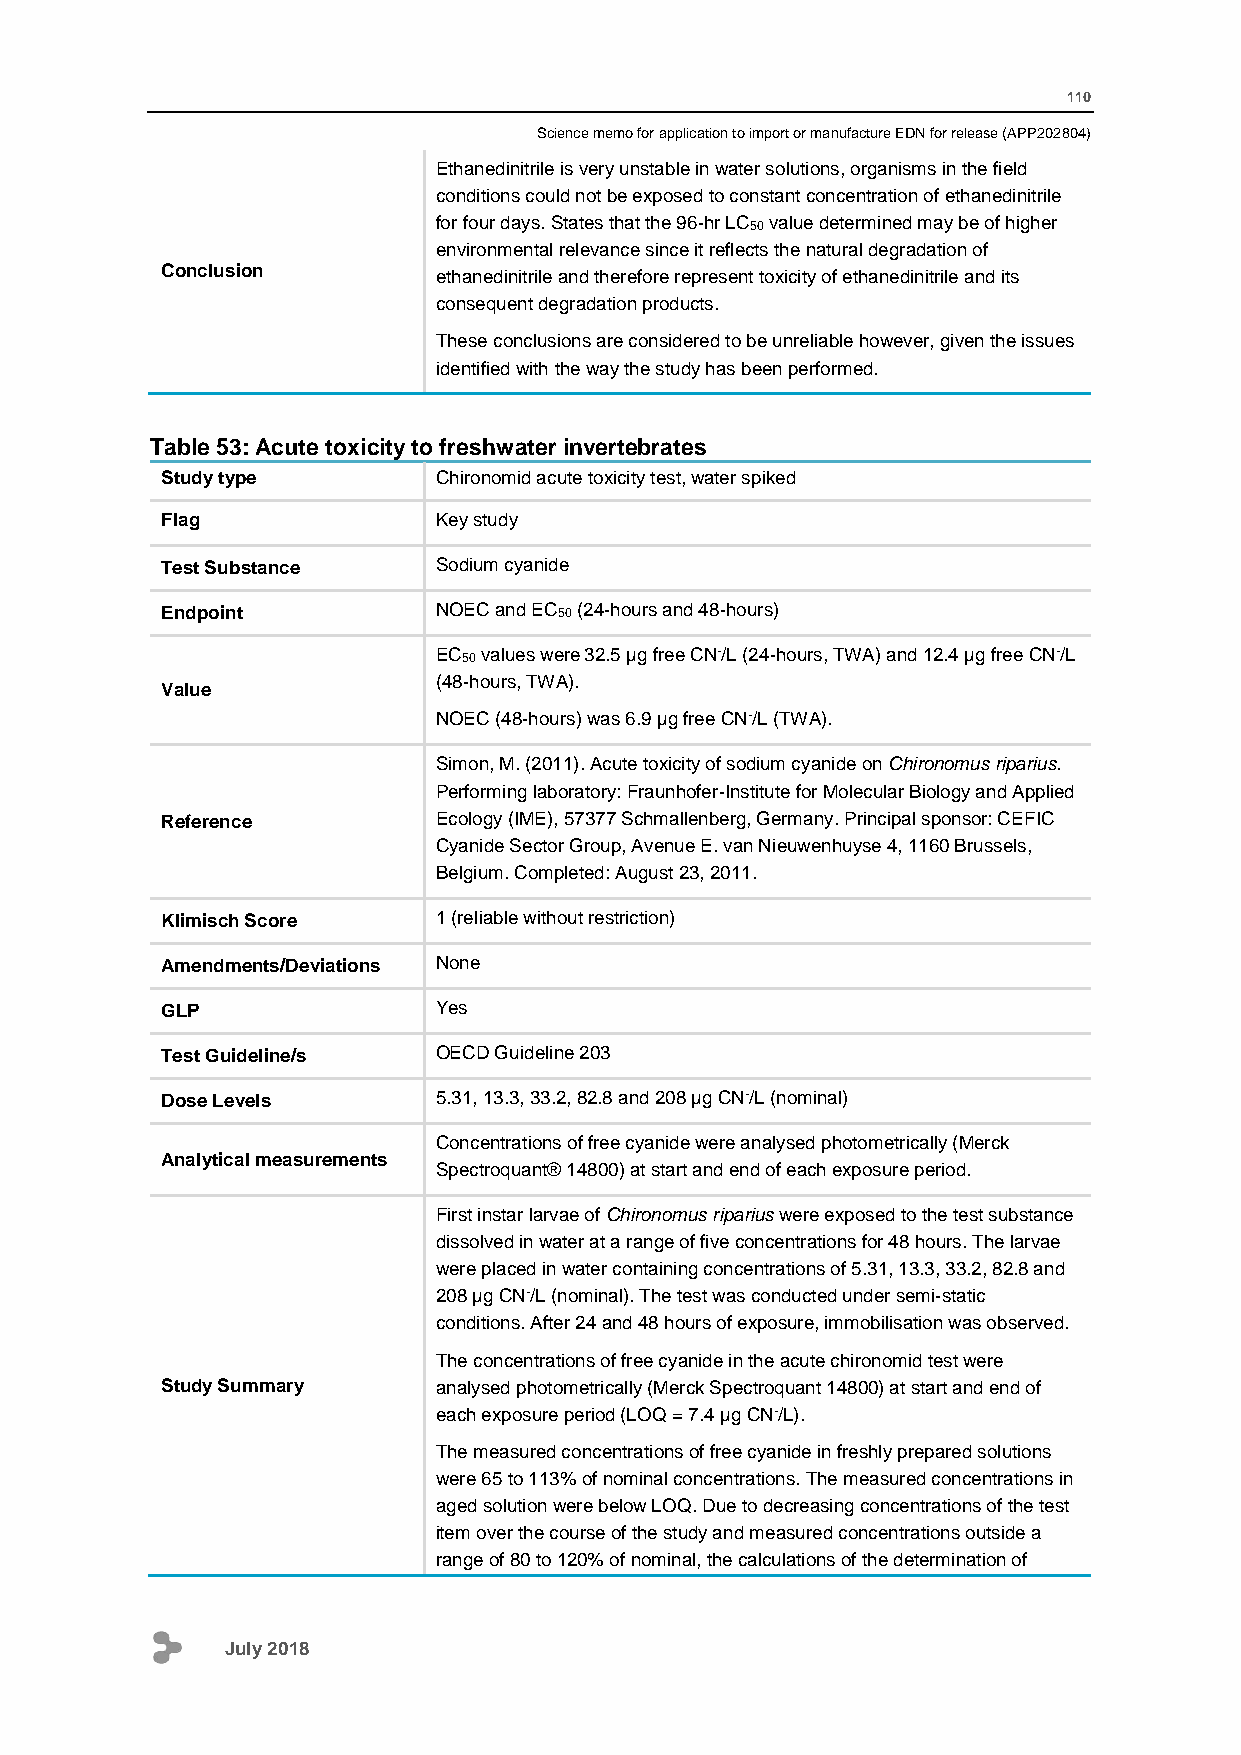
110
 Science memo for application to import or manufacture EDN for release (APP202804)
 Ethanedinitrile is very unstable in water solutions, organisms in the field
 conditions could not be exposed to constant concentration of ethanedinitrile
 for four days. States that the 96-hr LC50 value determined may be of higher
 environmental relevance since it reflects the natural degradation of
 Conclusion        ethanedinitrile and therefore represent toxicity of ethanedinitrile and its
 consequent degradation products.
 These conclusions are considered to be unreliable however, given the issues
 identified with the way the study has been performed.
 Table 53: Acute toxicity to freshwater invertebrates
 Study type        Chironomid acute toxicity test, water spiked
 Flag              Key study
 Test Substance    Sodium cyanide
 Endpoint          NOEC and EC50 (24-hours and 48-hours)
 EC50 values were 32.5 µg free CN-/L (24-hours, TWA) and 12.4 µg free CN-/L
 (48-hours, TWA).
 Value
 NOEC (48-hours) was 6.9 µg free CN-/L (TWA).
 Simon, M. (2011). Acute toxicity of sodium cyanide on Chironomus riparius.
 Performing laboratory: Fraunhofer-Institute for Molecular Biology and Applied
 Reference         Ecology (IME), 57377 Schmallenberg, Germany. Principal sponsor: CEFIC
 Cyanide Sector Group, Avenue E. van Nieuwenhuyse 4, 1160 Brussels,
 Belgium. Completed: August 23, 2011.
 Klimisch Score    1 (reliable without restriction)
 Amendments/Deviations None
 GLP               Yes
 Test Guideline/s  OECD Guideline 203
 Dose Levels       5.31, 13.3, 33.2, 82.8 and 208 µg CN-/L (nominal)
 Concentrations of free cyanide were analysed photometrically (Merck
 Analytical measurements
 Spectroquant® 14800) at start and end of each exposure period.
 First instar larvae of Chironomus riparius were exposed to the test substance
 dissolved in water at a range of five concentrations for 48 hours. The larvae
 were placed in water containing concentrations of 5.31, 13.3, 33.2, 82.8 and
 208 µg CN-/L (nominal). The test was conducted under semi-static
 conditions. After 24 and 48 hours of exposure, immobilisation was observed.
 The concentrations of free cyanide in the acute chironomid test were
 Study Summary     analysed photometrically (Merck Spectroquant 14800) at start and end of
 each exposure period (LOQ = 7.4 µg CN-/L).
 The measured concentrations of free cyanide in freshly prepared solutions
 were 65 to 113% of nominal concentrations. The measured concentrations in
 aged solution were below LOQ. Due to decreasing concentrations of the test
 item over the course of the study and measured concentrations outside a
 range of 80 to 120% of nominal, the calculations of the determination of
 July 2018